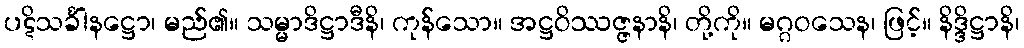
ပဋိသင်္ခါနဋ္ဌော၊ မည်၏။ သမ္မာဒိဋ္ဌာဒီနိ၊ ကုန်သော။ အဋ္ဌဝိဿဇ္ဇနာနိ၊ တို့ကို။ မဂ္ဂဝသေန၊ ဖြင့်။ နိဒ္ဒိဋ္ဌာနိ၊